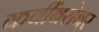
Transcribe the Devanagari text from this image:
कवींबरोबर